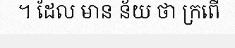
។ ដែល មាន ន័យ ថា ក្រពើ